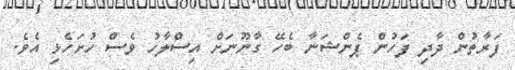
ފަރާތުން ދާދި ފަހުން ޕެންޝަނާ ބެހޭ ގާނޫނަށް އިސްލާހު ވެސް ހުށަހެޅި އެވެ.